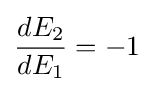
{\frac {dE_{2}}{dE_{1}}}=-1